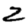
Digit: 2